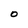
Character: 0